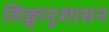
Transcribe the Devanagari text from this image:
लिङ्गानुशासन